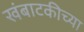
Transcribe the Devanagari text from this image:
खंबाटकीच्या